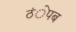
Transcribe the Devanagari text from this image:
ठंेपब